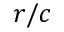
r / c